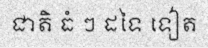
ជាតិ ធំ ៗ ដទៃ ទៀត